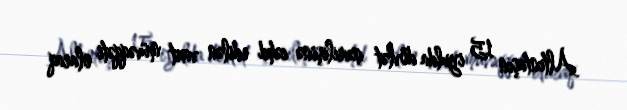
Altıntaşın 15 iyulda dövlət çevrilişinə cəhd edilən vaxt müvəqqəti olaraq